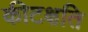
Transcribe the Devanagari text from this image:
कीटक्षति